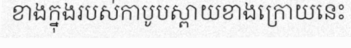
ខាងក្នុងរបស់កាបូបស្ពាយខាងក្រោយនេះ